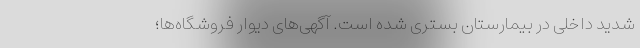
شدید داخلی در بیمارستان بستری شده است. آگهی‌های دیوار فروشگاه‌ها؛